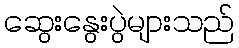
ဆွေးနွေးပွဲများသည်